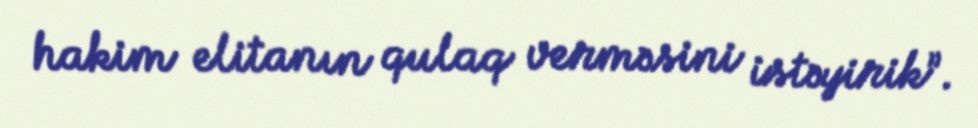
hakim elitanın qulaq verməsini istəyirik”.